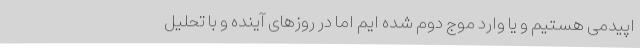
اپیدمی هستیم و یا وارد موج دوم شده ایم اما در روزهای آینده و با تحلیل